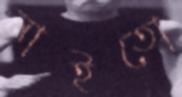
নাইতো